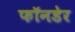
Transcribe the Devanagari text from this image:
फॉनडेर